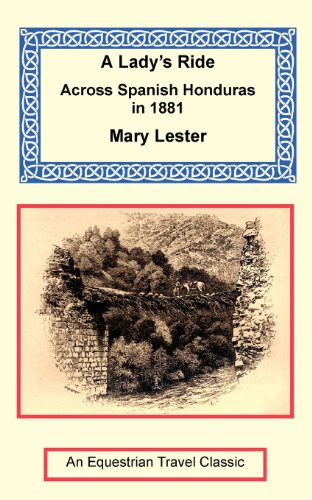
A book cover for A Lady's Ride Across Spanish Honduras in 1881; Mary Lester; Travel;